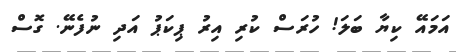
އަމައޭ ކިޔާ ބަލަ! ހުރަސް ކުރި އިރު ޕިކަޕު އަދި ނުފެނޭ. ގޮސް